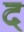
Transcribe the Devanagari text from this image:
दं